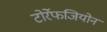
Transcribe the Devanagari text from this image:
टोर्रेफजियोन